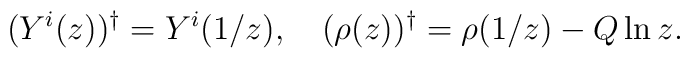
(Y^i(z))^{\dag} = Y^i(1/z),~~~ (\rho(z))^{\dag} = \rho(1/z)-Q\ln z.